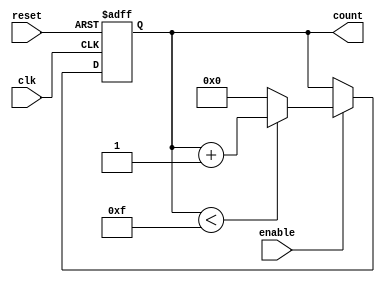
module binary_counter #(
    parameter MIN_COUNT = 0,
    parameter MAX_COUNT = 15  // Change this to your desired maximum value
)(
    input wire clk,            // Clock signal
    input wire reset,          // Asynchronous reset signal
    input wire enable,         // Enable signal
    output reg [n-1:0] count   // Current count output
);
    localparam n = $clog2(MAX_COUNT + 1); // Number of bits needed for the counter

    // Synchronous counting logic
    always @(posedge clk or posedge reset) begin
        if (reset) begin
            count <= MIN_COUNT; // Reset to minimum count
        end else if (enable) begin
            if (count < MAX_COUNT) begin
                count <= count + 1; // Increment count
            end else begin
                count <= MIN_COUNT; // Wrap around to minimum count
            end
        end
    end
endmodule